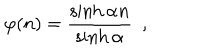
\varphi ( n ) = \frac { \sinh \alpha n } { \sinh \alpha } \ \ ,